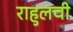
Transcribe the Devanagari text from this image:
राहुलची